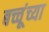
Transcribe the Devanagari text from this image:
बच्चूंच्या